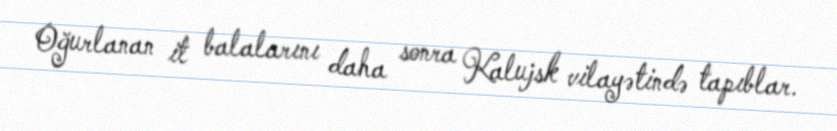
Oğurlanan it balalarını daha sonra Kalujsk vilayətində tapıblar.